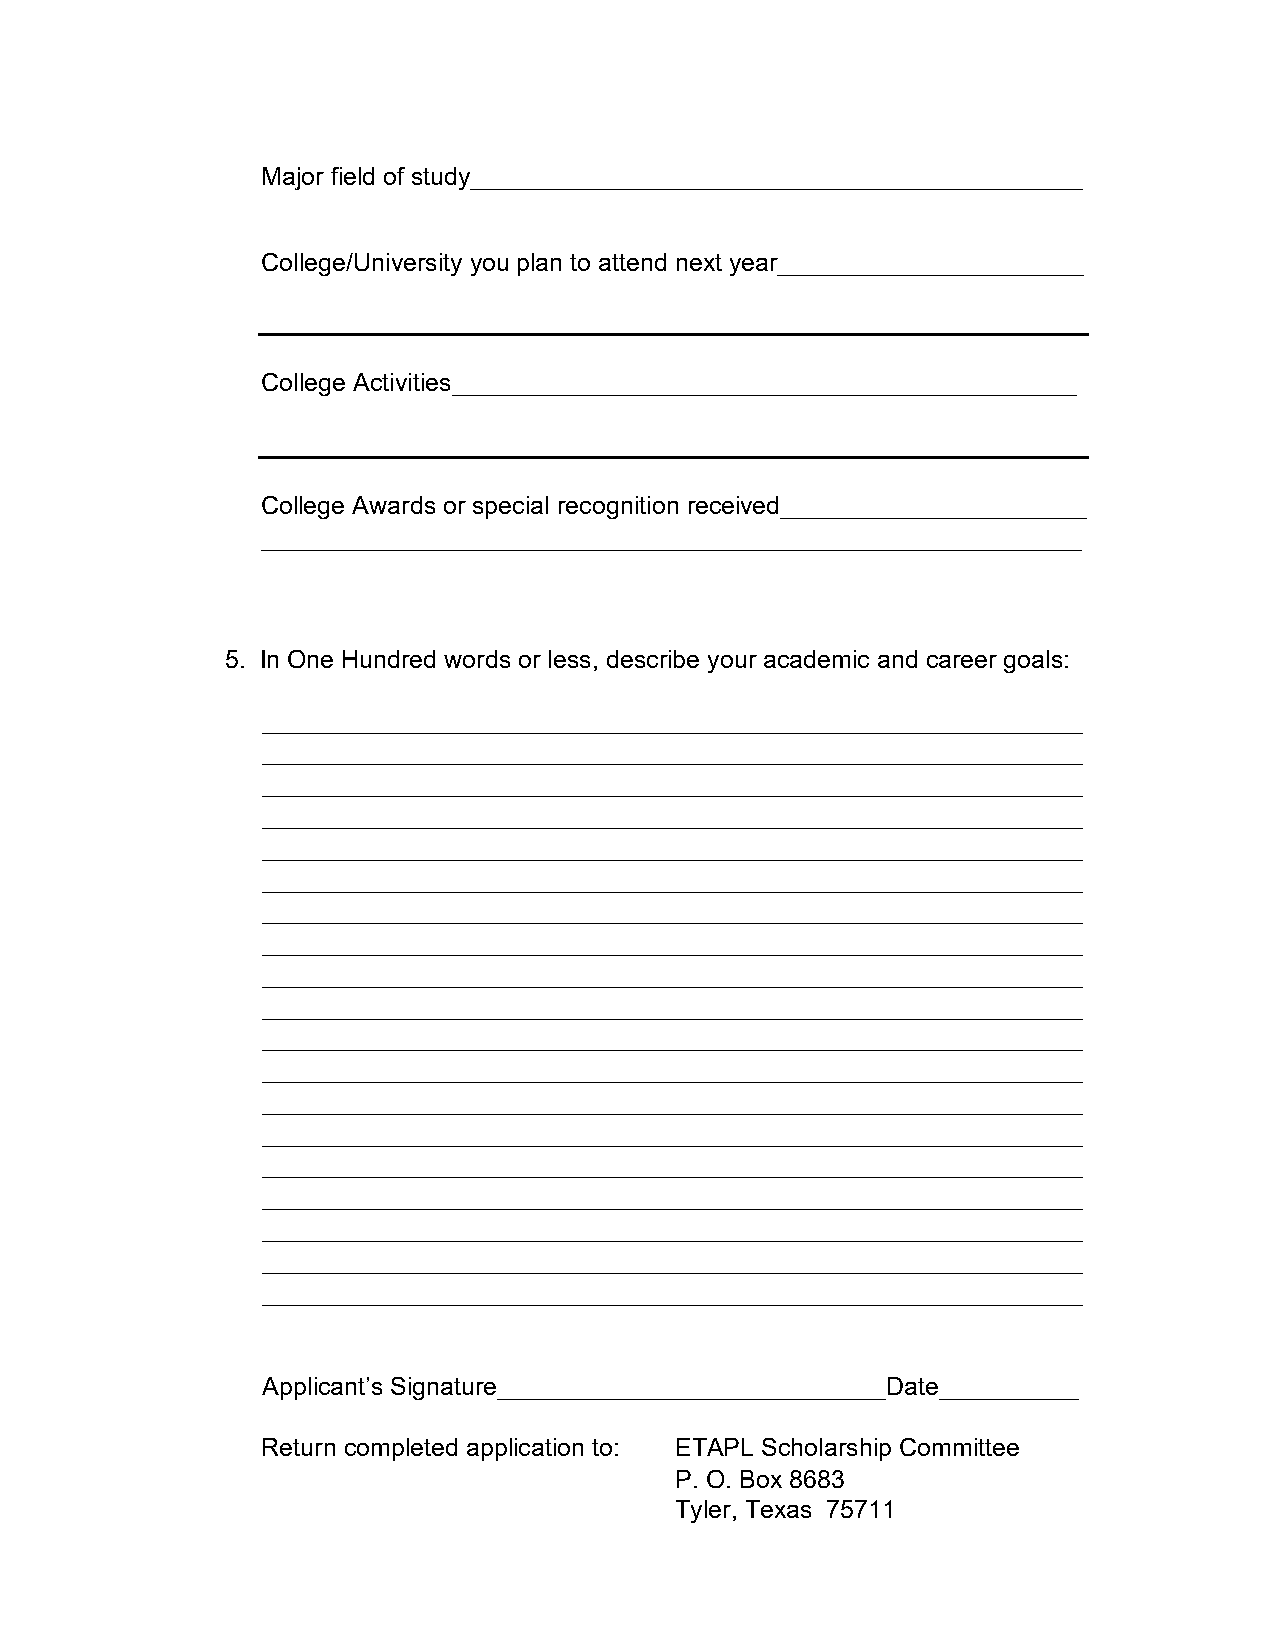
Major field of study____________________________________________
 College/University you plan to attend next year______________________
 College Activities_____________________________________________
 College Awards or special recognition received______________________
 ___________________________________________________________
 5. In One Hundred words or less, describe your academic and career goals:
 ___________________________________________________________
 ___________________________________________________________
 ___________________________________________________________
 ___________________________________________________________
 ___________________________________________________________
 ___________________________________________________________
 ___________________________________________________________
 ___________________________________________________________
 ___________________________________________________________
 ___________________________________________________________
 ___________________________________________________________
 ___________________________________________________________
 ___________________________________________________________
 ___________________________________________________________
 ___________________________________________________________
 ___________________________________________________________
 ___________________________________________________________
 ___________________________________________________________
 ___________________________________________________________
 Applicant’s Signature____________________________Date__________
 Return completed application to: ETAPL Scholarship Committee
 P. O. Box 8683
 Tyler, Texas 75711